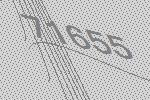
71655